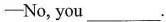
——No, you ___.